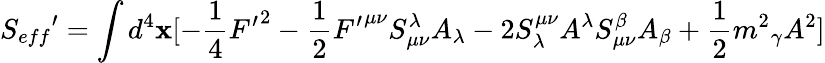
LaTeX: {S_{eff}}^{\prime}=\int{d^{4}\mathbf{x}[-\frac{{1}}{{4}}{F^{\prime}}^{2}-\frac{{1}}{{2}}{F^{\prime}}^{{\mu}{\nu}}S_{{\mu}{\nu}}^{\lambda}A_{\lambda}-2S_{\lambda}^{{\mu}{\nu}}A^{\lambda}S_{{\mu}{\nu}}^{\beta}A_{\beta}+\frac{{1}}{{2}}{m^{2}}_{\gamma}A^{2}]}